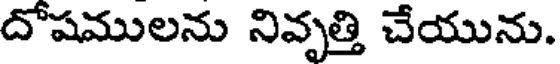
దోషములను నివృత్తి చేయును.